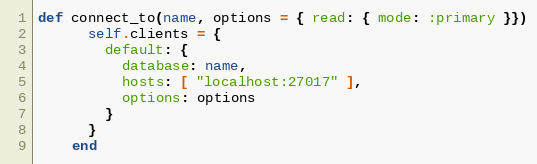
Language: Ruby
def connect_to(name, options = { read: { mode: :primary }})
      self.clients = {
        default: {
          database: name,
          hosts: [ "localhost:27017" ],
          options: options
        }
      }
    end